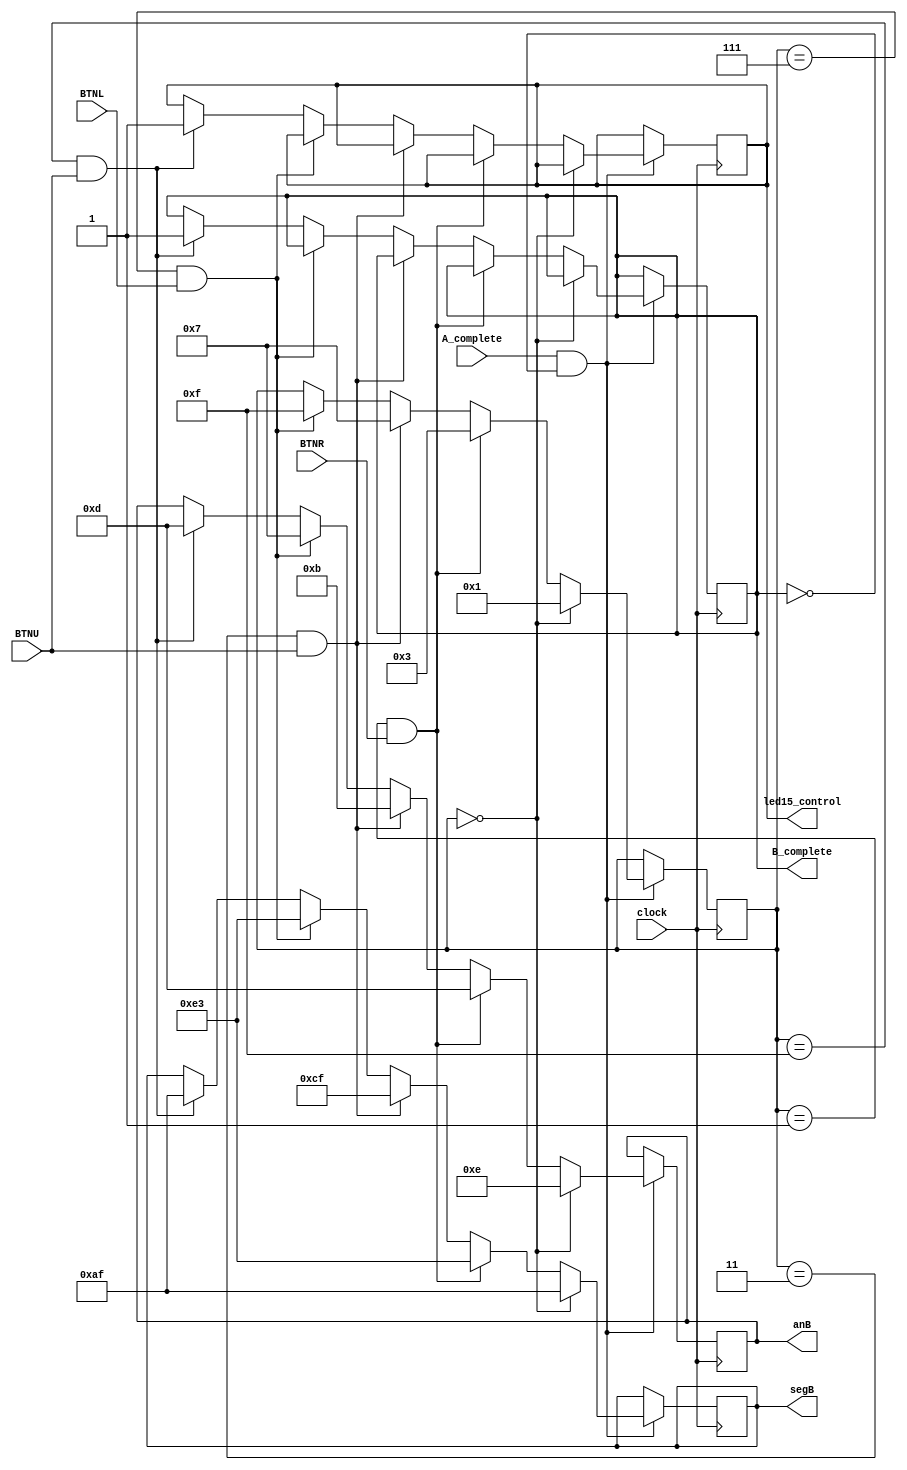
`timescale 1ns / 1ps
//////////////////////////////////////////////////////////////////////////////////
// Company: 
// Engineer: 
// 
// Design Name: 
// Module Name: taskB_buttons
// Project Name: 
// Target Devices: 
// Tool Versions: 
// Description: 
// 
// Dependencies: 
// 
// Revision:
// Revision 0.01 - File Created
// Additional Comments:
// 
//////////////////////////////////////////////////////////////////////////////////


module taskB_buttons(input clock, BTNL, BTNR, BTNU, A_complete, 
                     output reg led15_control = 0, output reg B_complete = 0, output reg [7:0]segB = 8'b11111111, output reg [3:0]anB = 4'b1111);
    
    reg [3:0] step_num = 0;

    always @ (posedge clock) 
    begin
        if (A_complete && !B_complete) begin
            if (step_num == 4'b0000) begin
                step_num <= 4'b0001;
                anB <= 4'b1110;
                segB <= 8'b10101111; 
            end else if (step_num == 4'b0001 && BTNR) begin
                step_num <= 4'b0011;
                anB <= 4'b1101;
                segB <= 8'b11100011; 
            end else if (step_num == 4'b0011 && BTNU) begin
                step_num <= 4'b0111;
                anB <= 4'b1011;
                segB <= 8'b11001111; 
            end else if (step_num == 4'b0111 && BTNL) begin
                step_num <= 4'b1111;
                anB <= 4'b0111;
                segB <= 8'b11100011; 
            end else if (step_num == 4'b1111 && BTNU) begin
                B_complete <= 1;
                anB <= 4'b1101;
                segB <= 8'b10101111;
                led15_control <= 1;
            end
        end
    end
    
endmodule